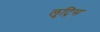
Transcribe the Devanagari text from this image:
लुट्रिस